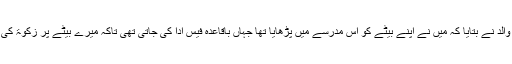
شہید خاور کے والد نے بتایا کہ میں نے اپنے بیٹے کو اُس مدرسے میں پڑھایا تھا جہاں باقاعدہ فیس ادا کی جاتی تھی تاکہ میرے بیٹے پر زکوٰۃ کی رقم خرچ نہ ہو۔